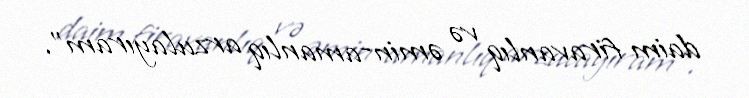
daim firavanlıq və əmin-amanlıq arzulayıram”.